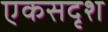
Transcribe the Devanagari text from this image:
एकसदृश